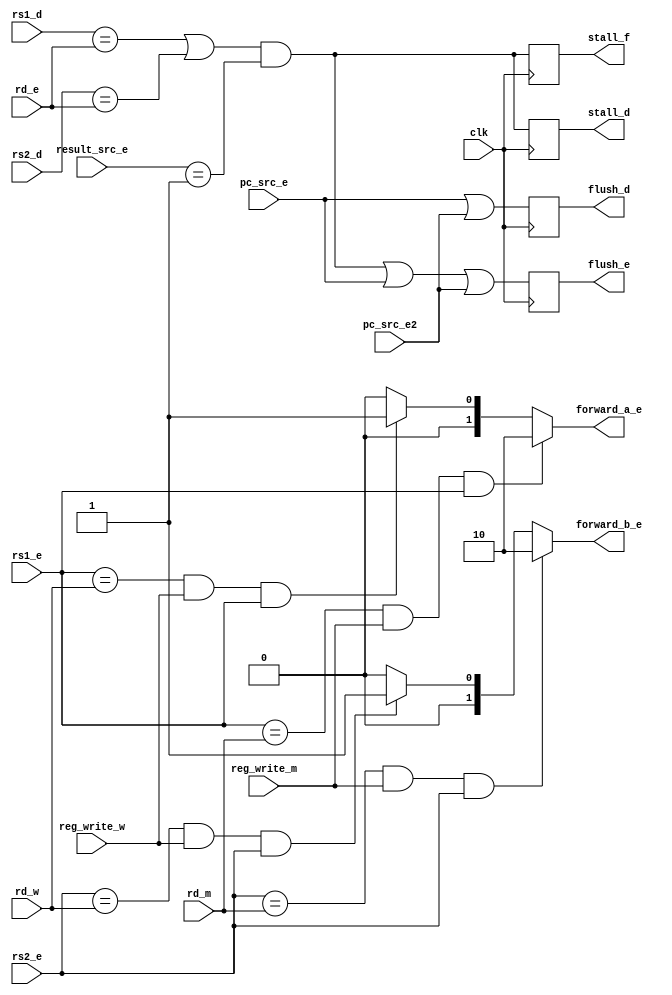
module hazard_unit (input clk,input pc_src_e,pc_src_e2,input [1:0] result_src_e, input  reg_write_m, reg_write_w, input [4:0] rs1_d, rs2_d, rs1_e, rs2_e, rd_e, rd_m, rd_w, output reg stall_f, stall_d, flush_d, flush_e, output reg [1:0] forward_a_e, forward_b_e);

always @(posedge clk)begin    
    stall_f = ((rs1_d == rd_e) || (rs2_d == rd_e)) && (result_src_e == 2'b01);
    stall_d = ((rs1_d == rd_e) || (rs2_d == rd_e)) && (result_src_e == 2'b01);
    flush_d = pc_src_e || pc_src_e2;
    flush_e = (((rs1_d == rd_e) || (rs2_d == rd_e)) && (result_src_e == 2'b01)) || pc_src_e || pc_src_e2;
end
always @(*)  begin 
    if (((rs1_e == rd_m) && reg_write_m) && rs1_e) begin
        forward_a_e = 2'b10;
    end
    else if (((rs1_e == rd_w) && reg_write_w) && rs1_e) begin
        forward_a_e = 2'b01;
    end
    else begin
        forward_a_e = 2'b00;
    end

    if (((rs2_e == rd_m) && reg_write_m) && rs2_e) begin
        forward_b_e = 2'b10;
    end
    else if (((rs2_e == rd_w) && reg_write_w) && rs2_e) begin
        forward_b_e = 2'b01;
    end
    else begin
        forward_b_e = 2'b00;
    end
end


endmodule